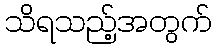
သိရသည့်အတွက်